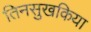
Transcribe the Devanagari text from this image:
तिनसुखकिया